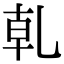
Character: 乹